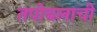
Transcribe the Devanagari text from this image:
तपोबलाची